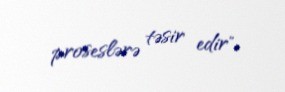
proseslərə təsir edir".